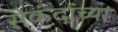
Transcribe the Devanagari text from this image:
सेकंदांच्या